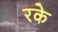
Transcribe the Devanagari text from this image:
रके